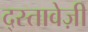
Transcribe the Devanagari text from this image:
द्स्तावेज़ी